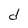
Character: d